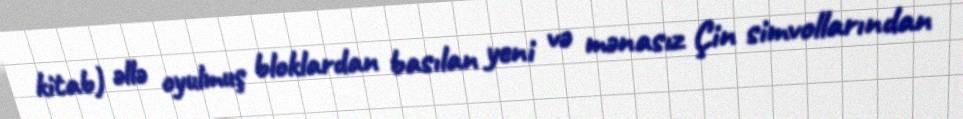
kitab) əllə oyulmuş bloklardan basılan yeni və mənasız Çin simvollarından